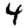
Digit: 4